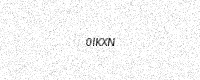
Text: 0IKXN